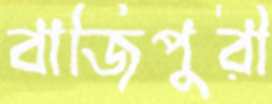
বাজিপুরী